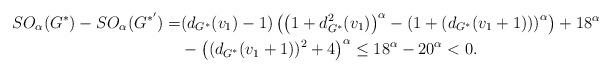
LaTeX: \begin{align*}SO_{\alpha}(G^*)-SO_{\alpha}(G^{*'})=&(d_{G^*}(v_{1})-1)\left( \left(1+d_{G^*}^2(v_{1})\right)^{\alpha}-\left(1+(d_{G^*}(v_{1}+1))\right)^{\alpha}\right)+18^{\alpha}\\&-\left((d_{G^*}(v_{1}+1))^2+4\right)^{\alpha}\leq 18^{\alpha}-20^{\alpha}<0.\end{align*}